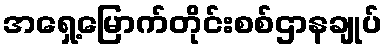
အရှေ့မြောက်တိုင်းစစ်ဌာနချုပ်